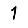
Digit: 1